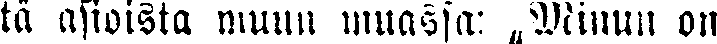
ta asioista muun muassa: „Minun on